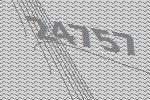
24757